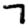
Digit: 7